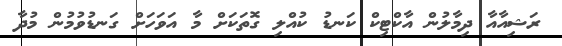
ރަޝިއާއާ ދިމާލުން އާކްޓިކް ކަނޑު ކުއްލި ގޮތަކަށް މާ އަވަހަށް ގަނޑުވުމުން މުދާ